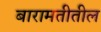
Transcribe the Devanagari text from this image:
बारामतीतील